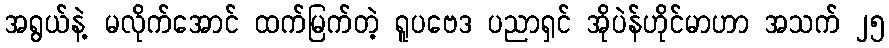
အရွယ်နဲ့ မလိုက်အောင် ထက်မြက်တဲ့ ရူပဗေဒ ပညာရှင် အိုပဲန်ဟိုင်မာဟာ အသက် ၂၅